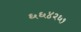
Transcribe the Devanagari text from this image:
६६४२६१